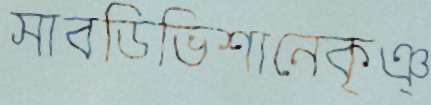
সাবডিভিশানেকৃঞ্